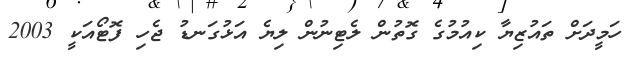
ހަމީދަށް ތައުޒިޔާ ކިއުމުގެ ގޮތުން ލެޓިނުން ލިޔެ އަޅުގަނޑު ޖެހި ފޮޓޯއަކީ 2003